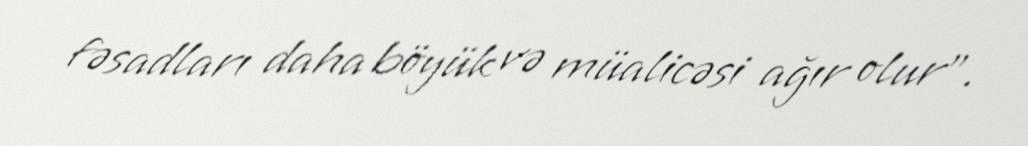
fəsadları daha böyük və müalicəsi ağır olur”.